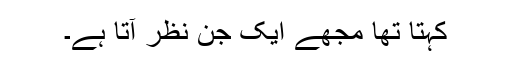
کہتا تھا مجھے ایک جن نظر آتا ہے۔